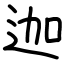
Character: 迦